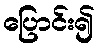
ပြောင်း၍